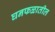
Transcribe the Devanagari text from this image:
घनफळातील